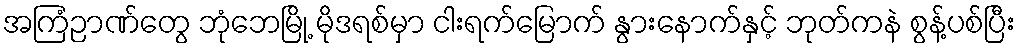
အကြံဉာဏ်တွေ ဘုံဘေမြို့ မိုဒရစ်မှာ ငါးရက်မြောက် နွားနောက်နှင့် ဘုတ်ကနဲ စွန့်ပစ်ပြီး